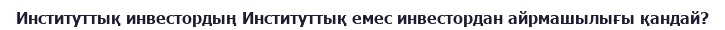
Институттық инвестордың Институттық емес инвестордан айрмашылығы қандай?